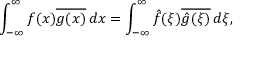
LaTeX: \int _ { - \infty } ^ { \infty } f ( x ) { \overline { { g ( x ) } } } \, d x = \int _ { - \infty } ^ { \infty } { \hat { f } } ( \xi ) { \overline { { { \hat { g } } ( \xi ) } } } \, d \xi ,